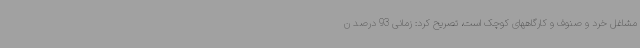
مشاغل خرد و صنوف و کارگاههای کوچک است، تصریح کرد: زمانی 93 درصد ن